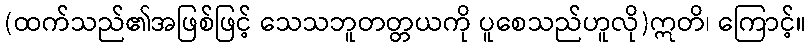
(ထက်သည်၏အဖြစ်ဖြင့် သေသဘူတတ္တယကို ပူစေသည်ဟူလို)ဣတိ၊ ကြောင့်။